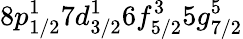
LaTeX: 8p_{1/2}^{1}7d_{3/2}^{1}6f_{5/2}^{3}5g_{7/2}^{5}